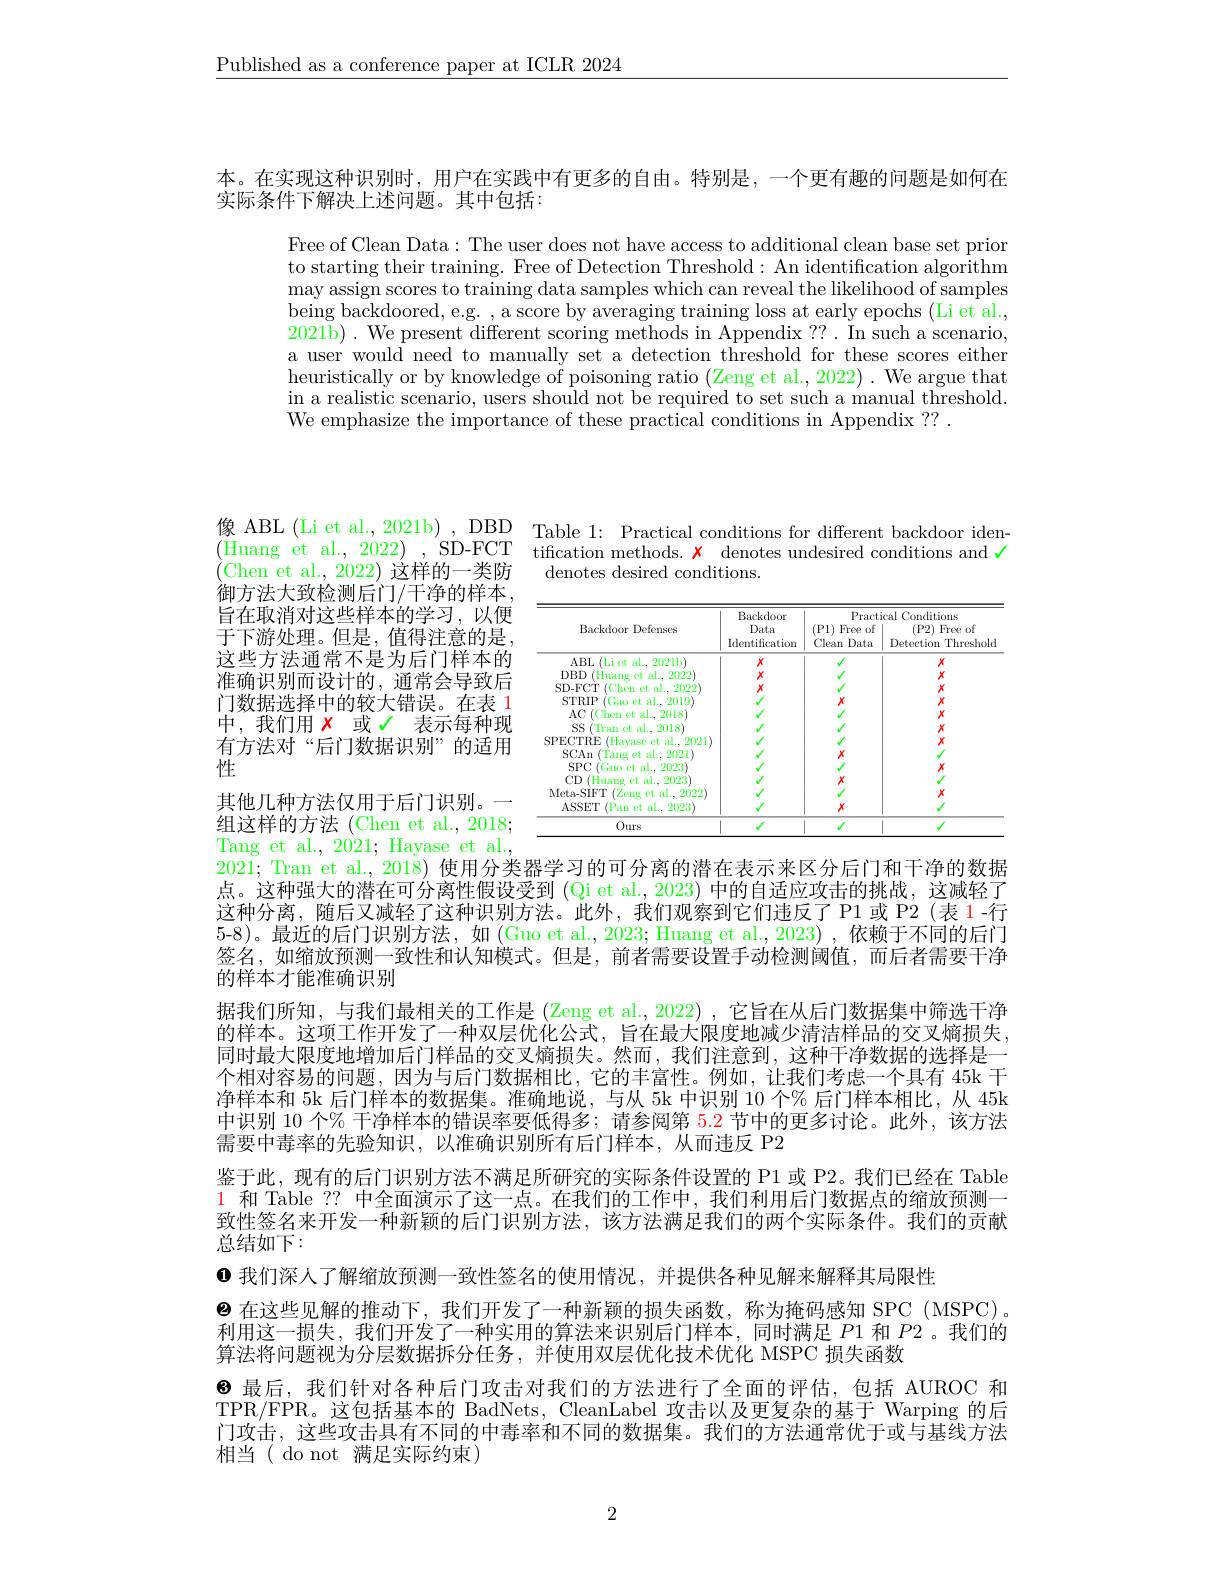
$\underline{\text{Published as a conference paper at ICLR 2024}}$

本。在实现这种识别时，用户在实践中有更多的自由。特别是，一个更有趣的问题是如何在
实际条件下解决上述问题。其中包括：

Free of Clean Data: The user does not have access to additional clean base set prior to starting their training. Free of Detection Threshold: An identification algorithm may assign scores to training data samples which can reveal the likelihood of samples being backdoored, e.g. , a score by averaging training loss at early epochs (Li et al., 2021b) . We present different scoring methods in Appendix ??. In such a scenario, a user would need to manually set a detection threshold for these scores either heuristically or by knowledge of poisoning ratio (Zeng et al., 2022) . We argue that in a realistic scenario, users should not be required to set such a manual threshold. We emphasize the importance of these practical conditions in Appendix ?? .

像 ABL (Li et al., 2021b) , DBD Table 1: Practical conditions for different backdoor iden-(Huang et al., 2022) , SD-FCT tification methods. $x$ denotes undesired conditions and
denotes desired conditions.

(Chen et al., 2022) 这样的一类防御方法大致检测后门/干净的样本， 旨在取消对这些样本的学习，以便于下游处理。但是，值得注意的是， 这些方法通常不是为后门样本的准确识别而设计的，通常会导致后门数据选择中的较大错误。在表 1中，我们用$x$或$\checkmark$表示每种现有方法对“后门数据识别”的适用性
其他几种方法仅用于后门识别。一组这样的方法 (Chen et al., 2018; Tang et al., 2021; Hayase et al., 2021; Tran et al., 2018) 使用分类器学习的可分离的潜在表示来区分后门和干净的数据

<table>
	<tbody>
		<tr>
			<td>$0urs$</td>
			<td> </td>
			<td> </td>
			<td> </td>
		</tr>
	</tbody>
</table>

点。这种强大的潜在可分离性假设受到(Q$i et al. , 2023)$中的自适应攻击的挑战，这减轻了这种分离，随后又减轻了这种识别方法。此外，我们观察到它们违反了P1或 P2(表 1-行5-8)。最近的后门识别方法，如 (Guo et al., 2023; Huang et al., 2023) ,依赖于不同的后门签名，如缩放预测一致性和认知模式。但是，前者需要设置手动检测阈值，而后者需要干净的样本才能准确识别
据我们所知，与我们最相关的工作是 (Zeng et al., 2022) , 它旨在从后门数据集中筛选干净的样本。这项工作开发了一种双层优化公式，旨在最大限度地减少清洁样品的交叉熵损失， 同时最大限度地增加后门样品的交叉熵损失。然而，我们注意到，这种干净数据的选择是一个相对容易的问题，因为与后门数据相比，它的丰富性。例如，让我们考虑一个具有 45k 干净样本和 5k 后门样本的数据集。准确地说，与从 5k 中识别 10 个% 后门样本相比，从 45k 中识别 10 个% 干净样本的错误率要低得多；请参阅第 5.2 节中的更多讨论。此外，该方法需要中毒率的先验知识，以准确识别所有后门样本，从而违反 P2
鉴于此，现有的后门识别方法不满足所研究的实际条件设置的 P1 或 P2。我们已经在 Table 1 和 Table ?? 中全面演示了这一点。在我们的工作中，我们利用后门数据点的缩放预测一致性签名来开发一种新颖的后门识别方法，该方法满足我们的两个实际条件。我们的贡献总结如下：
$\bullet$我们深人了解缩放预测一致性签名的使用情况，并提供各种见解来解释其局限性
$\textcircled{2}$在这些见解的推动下，我们开发了一种新颖的损失函数，称为掩码感知 SPC (MSPC)。利用这一损失，我们开发了一种实用的算法来识别后门样本，同时满足$P1$和$P2$ 。我们的算法将问题视为分层数据拆分任务，并使用双层优化技术优化 MSPC 损失函数
8 最后，我们针对各种后门攻击对我们的方法进行了全面的评估，包括 AUROC 和TPR/FPR。这包括基本的 BadNets, CleanLabel 攻击以及更复杂的基于 Warping 的后门攻击，这些攻击具有不同的中毒率和不同的数据集。我们的方法通常优于或与基线方法相当( do not 满足实际约束)

2